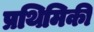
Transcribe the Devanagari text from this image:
प्रथिमिकी